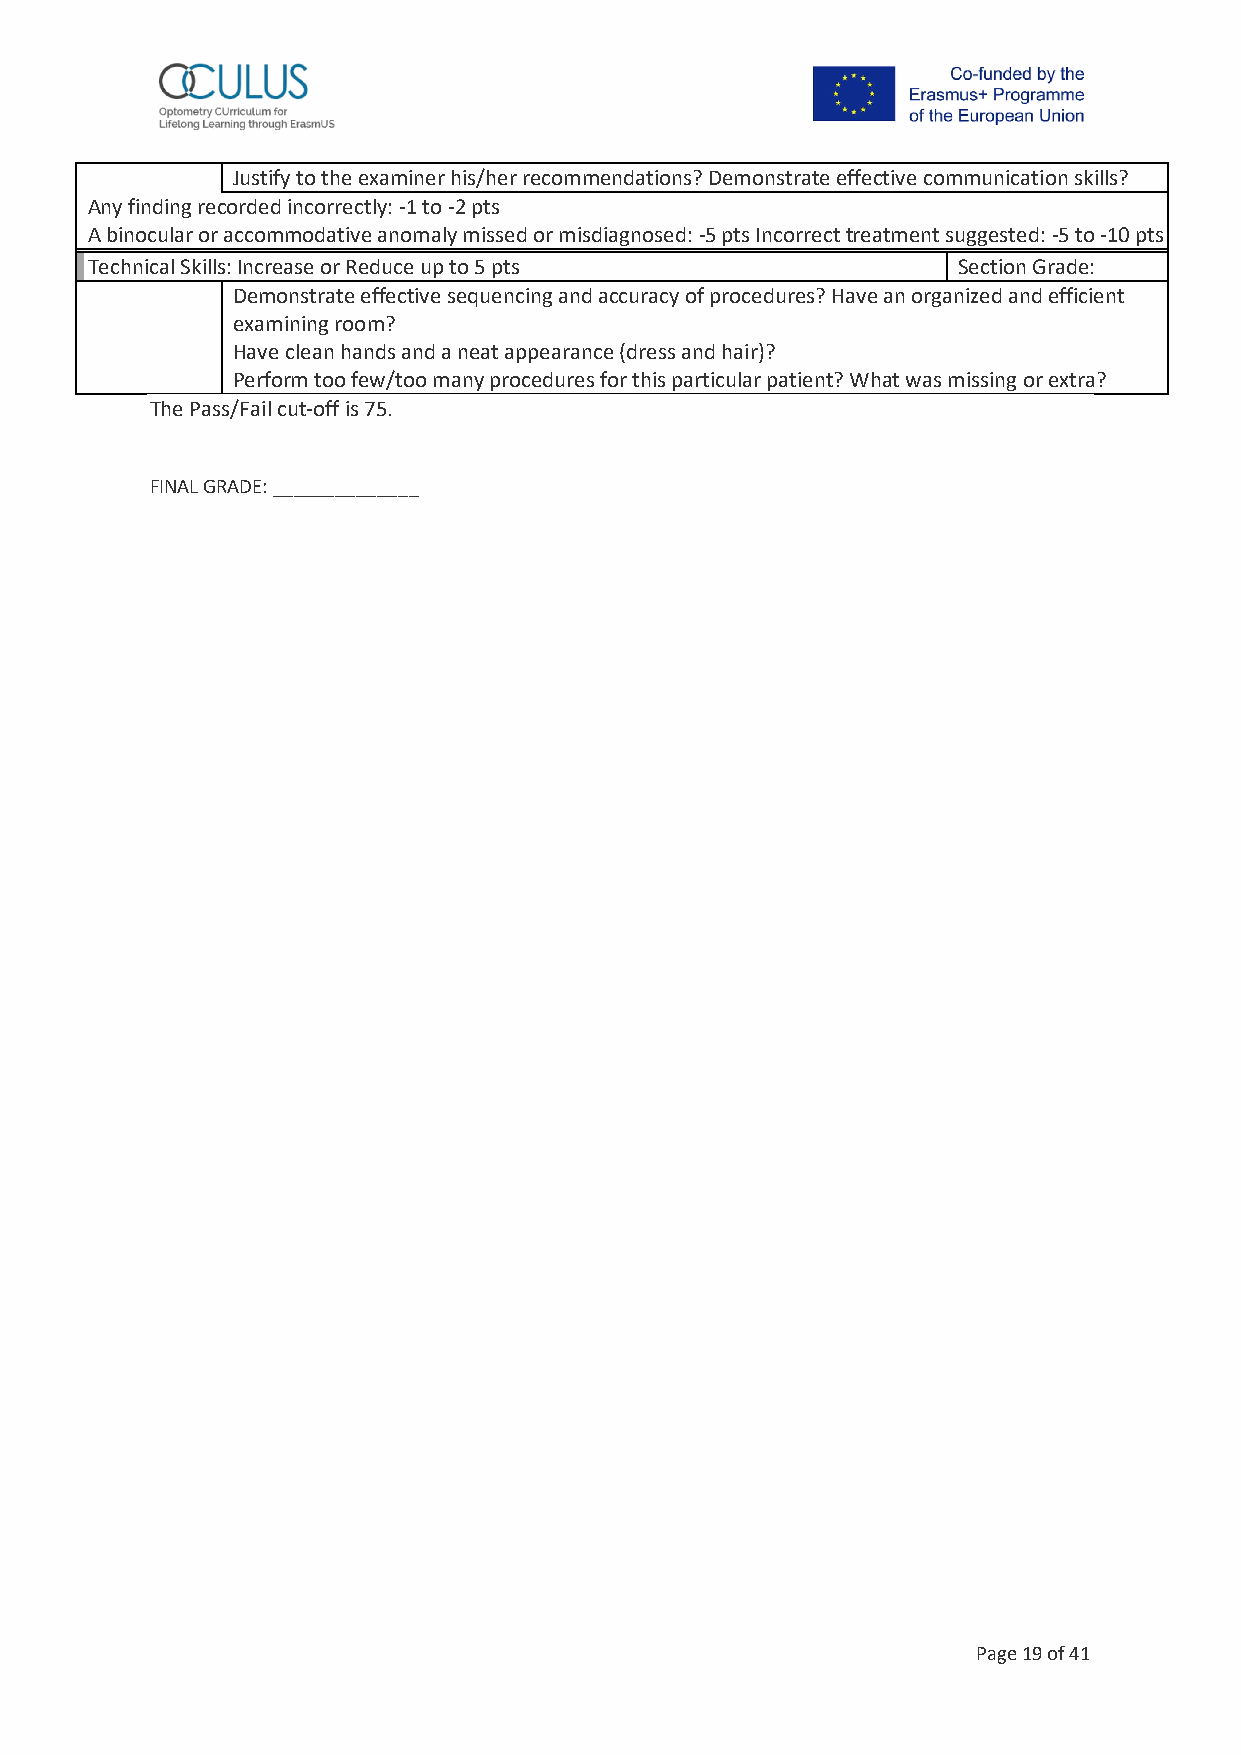
Justify to the examiner his/her recommendations? Demonstrate effective communication skills?
 Any finding recorded incorrectly: -1 to -2 pts
 A binocular or accommodative anomaly missed or misdiagnosed: -5 pts Incorrect treatment suggested: -5 to -10 pts
 Technical Skills: Increase or Reduce up to 5 pts         Section Grade:
 Demonstrate effective sequencing and accuracy of procedures? Have an organized and efficient
 examining room?
 Have clean hands and a neat appearance (dress and hair)?
 Perform too few/too many procedures for this particular patient? What was missing or extra?
 The Pass/Fail cut-off is 75.
 FINAL GRADE: ______________
 Page 19 of 41